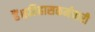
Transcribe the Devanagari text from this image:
हैं।इतिहासकर्मचारी